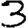
Digit: 3